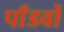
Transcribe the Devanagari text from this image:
पाँडवों